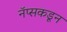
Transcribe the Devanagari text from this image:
नॅप्सकडून